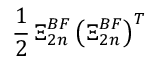
\frac { 1 } { 2 } \, \boldsymbol { \Xi } _ { 2 n } ^ { B F } \, \bigl ( \boldsymbol { \Xi } _ { 2 n } ^ { B F } \bigr ) ^ { T }